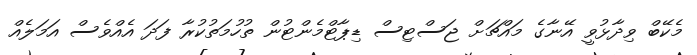
މެކޭބް ވިދާޅުވީ އޭނާގެ މައްޗަށް ޖަސްޓިސް ޑިޕާޓްމެންޓުން ތުހުމަތުކުރާ ފަދަ އެއްވެސް އަމަލެއް